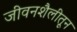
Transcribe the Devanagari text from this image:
जीवनशैलीतून